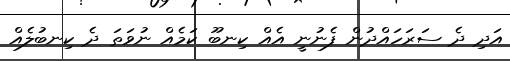
އަދި ދެ ސަރަހައްދުން ފެނުނީ އެއް ކިނބޫ ކަމެއް ނުވަތަ ދެ ކިނބުލެއް